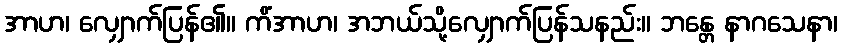
အာဟ၊ လျှောက်ပြန်၏။ ကိံအာဟ၊ အဘယ်သို့လျှောက်ပြန်သနည်း။ ဘန္တေ နာဂသေနာ၊